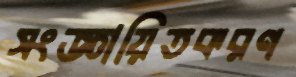
সংজ্ঞায়িতকরণ